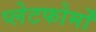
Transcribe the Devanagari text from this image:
प्लेटफोर्मों